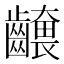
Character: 𮯕